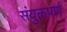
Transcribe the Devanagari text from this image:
संयुक्तपर्ण